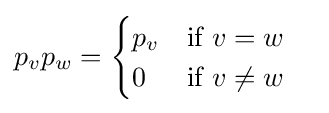
p_{v}p_{w}={\begin{cases}p_{v}&{\text{if }}v=w\\0&{\text{if }}v\neq w\end{cases}}\quad